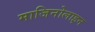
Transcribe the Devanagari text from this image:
माजिनोलाइन